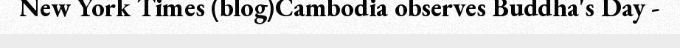
New York Times (blog)Cambodia observes Buddha's Day -